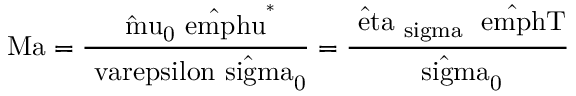
\mathrm { M a = \frac { \hat { \ m u } _ { 0 } \hat { \ e m p h { u } } ^ { * } } { \ v a r e p s i l o n \hat { \ s i g m a } _ { 0 } } = \frac { \hat { \ e t a } _ { \ s i g m a } \Delta \hat { \ e m p h { T } } } { \hat { \ s i g m a } _ { 0 } } }